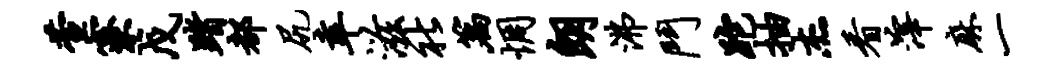
萱寮戊踏都尻幸滋社篇惆朗沸斗跎抽杰看滓麻一